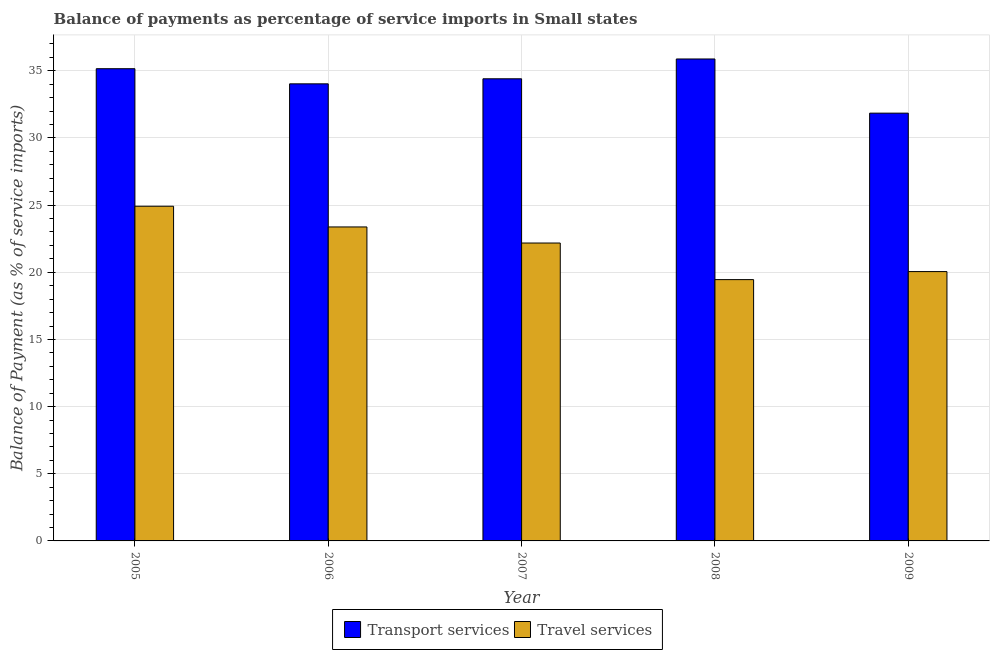
| Year | Transport services | Travel services |
 | --- | --- | --- |
 | 2005 | 35.2 | 24.9 |
 | 2006 | 34 | 23.4 |
 | 2007 | 34.4 | 22.2 |
 | 2008 | 35.9 | 19.5 |
 | 2009 | 31.8 | 20.1 |